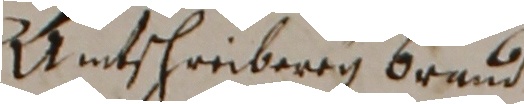
Antsheibeng bendiß.